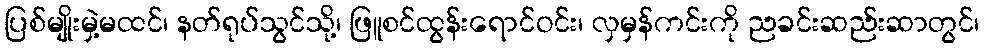
ပြစ်မျိုးမှဲ့မထင်၊ နတ်ရုပ်သွင်သို့၊ ဖြူစင်ထွန်းရောင်ဝင်း၊ လှမှန်ကင်းကို ညခင်းဆည်းဆာတွင်၊